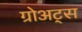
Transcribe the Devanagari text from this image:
ग्रोअट्स